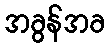
အခွန်အခ